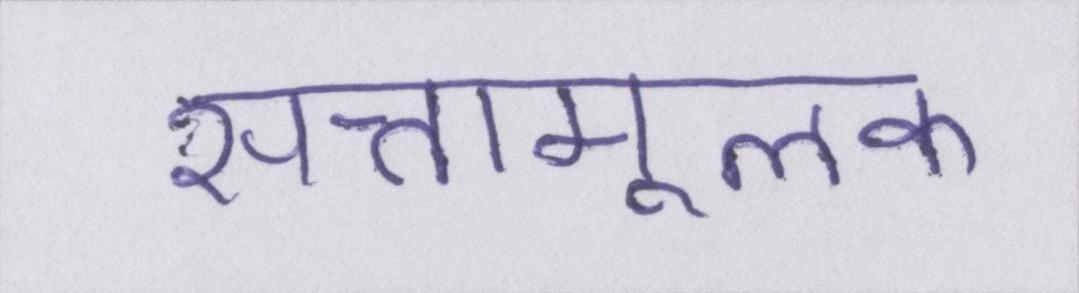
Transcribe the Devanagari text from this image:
सत्तामूलक